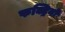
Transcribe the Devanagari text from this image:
फक्ट्रियो